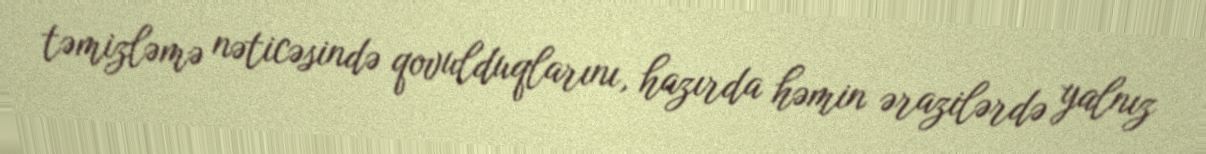
təmizləmə nəticəsində qovulduqlarını, hazırda həmin ərazilərdə yalnız